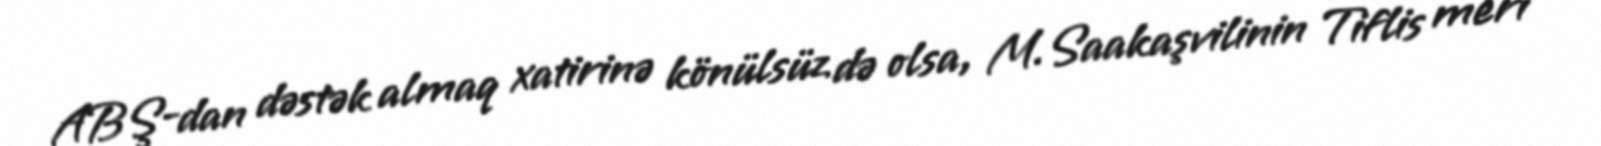
ABŞ-dan dəstək almaq xatirinə könülsüz də olsa, M.Saakaşvilinin Tiflis meri